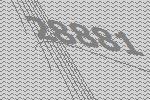
28881